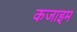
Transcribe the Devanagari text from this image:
कजाइम